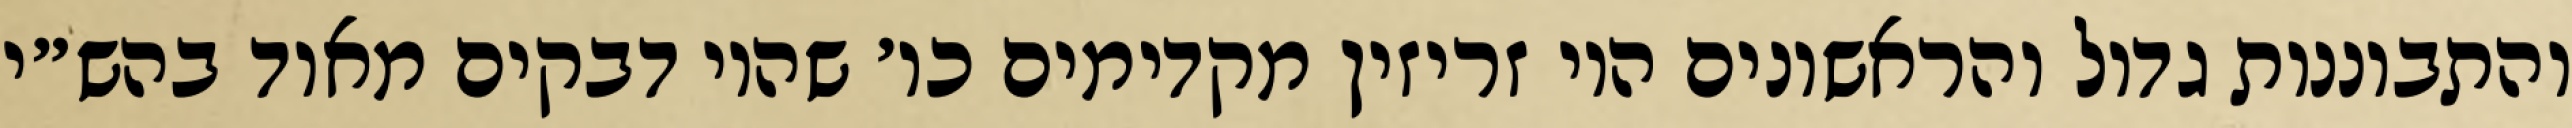
והתבוננות גדול והראשונים היו זריזין מקדימים כו׳ שהיו דבקים מאוד בהש״י